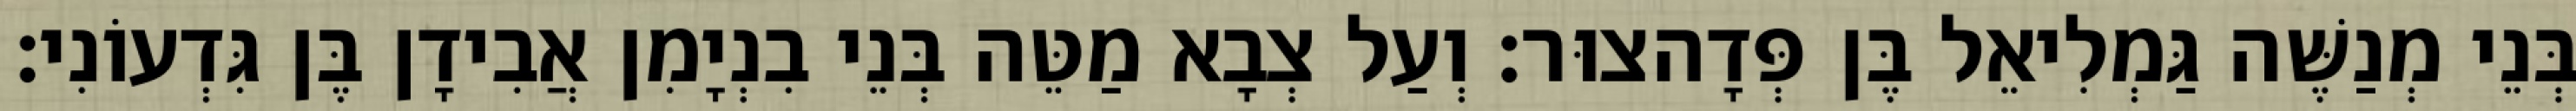
בְּנֵי מְנַשֶּׁה גַּמְלִיאֵל בֶּן פְּדָהצוּר׃ וְעַל צְבָא מַטֵּה בְּנֵי בִנְיָמִן אֲבִידָן בֶּן גִּדְעוֹנִי׃